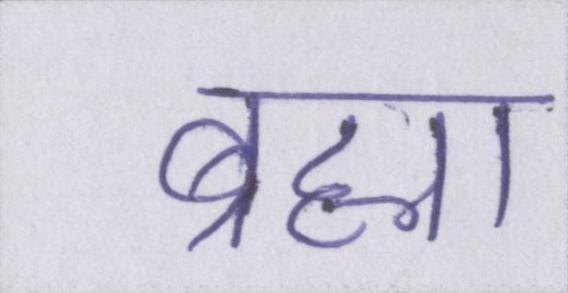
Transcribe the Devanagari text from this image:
ब्रह्मा